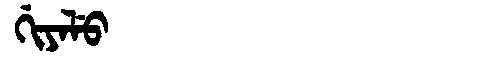
Manchu: ᡤᡳᠶᠠᠯᡠ
Romanization: GIYALU